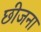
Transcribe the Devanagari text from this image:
छीजना